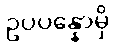
ဥပပန္နောမှိ